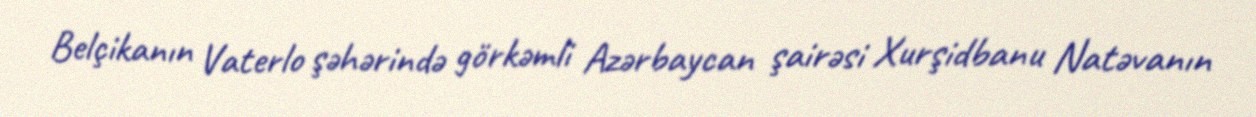
Belçikanın Vaterlo şəhərində görkəmli Azərbaycan şairəsi Xurşidbanu Natəvanın